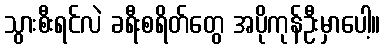
သွားစီးရင်လဲ ခရီးစရိတ်တွေ အပိုကုန်ဦးမှာပေါ့။